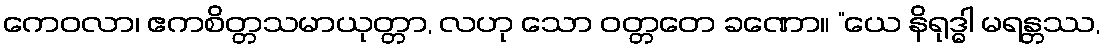
ကေဝလာ၊ ဧကစိတ္တသမာယုတ္တာ, လဟု သော ဝတ္တတေ ခဏော။ “ယေ နိရုဒ္ဓါ မရန္တဿ,